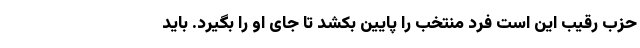
حزب رقیب این است فرد منتخب را پایین بکشد تا جای او را بگیرد. باید